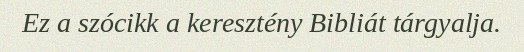
Ez a szócikk a keresztény Bibliát tárgyalja.